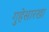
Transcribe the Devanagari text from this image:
गुहेसारखा